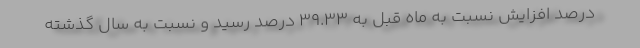
درصد افزایش نسبت به ماه قبل به 39.33 درصد رسید و نسبت به سال گذشته